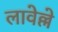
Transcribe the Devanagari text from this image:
लावेल्ले